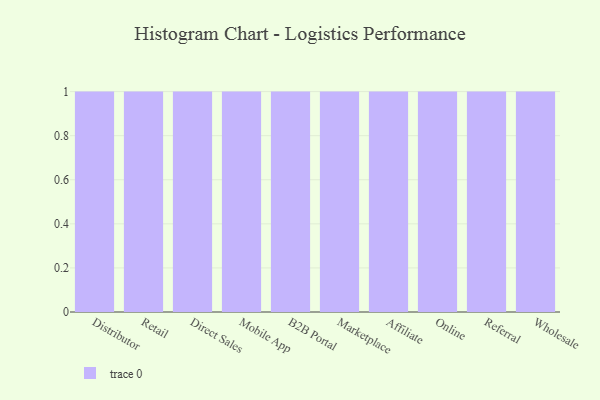
{"axis": {"x": "Channel", "y": "Revenue (USD Million)"}, "legend": [""], "data": [{"x": "Distributor", "y": 23, "type": ""}, {"x": "Retail", "y": 27, "type": ""}, {"x": "Direct Sales", "y": 99, "type": ""}, {"x": "Mobile App", "y": 92, "type": ""}, {"x": "B2B Portal", "y": 71, "type": ""}, {"x": "Marketplace", "y": 47, "type": ""}, {"x": "Affiliate", "y": 96, "type": ""}, {"x": "Online", "y": 13, "type": ""}, {"x": "Referral", "y": 58, "type": ""}, {"x": "Wholesale", "y": 78, "type": ""}]}